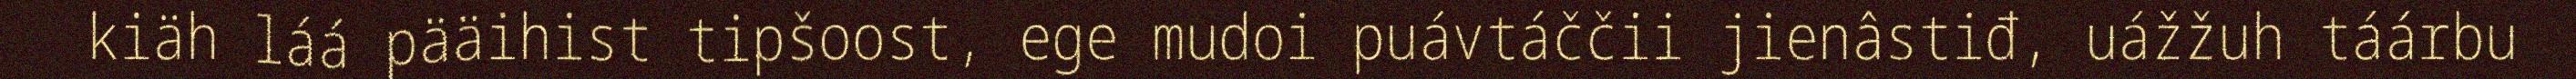
kiäh láá pääihist tipšoost, ege mudoi puávtáččii jienâstiđ, uážžuh táárbu